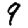
Digit: 9